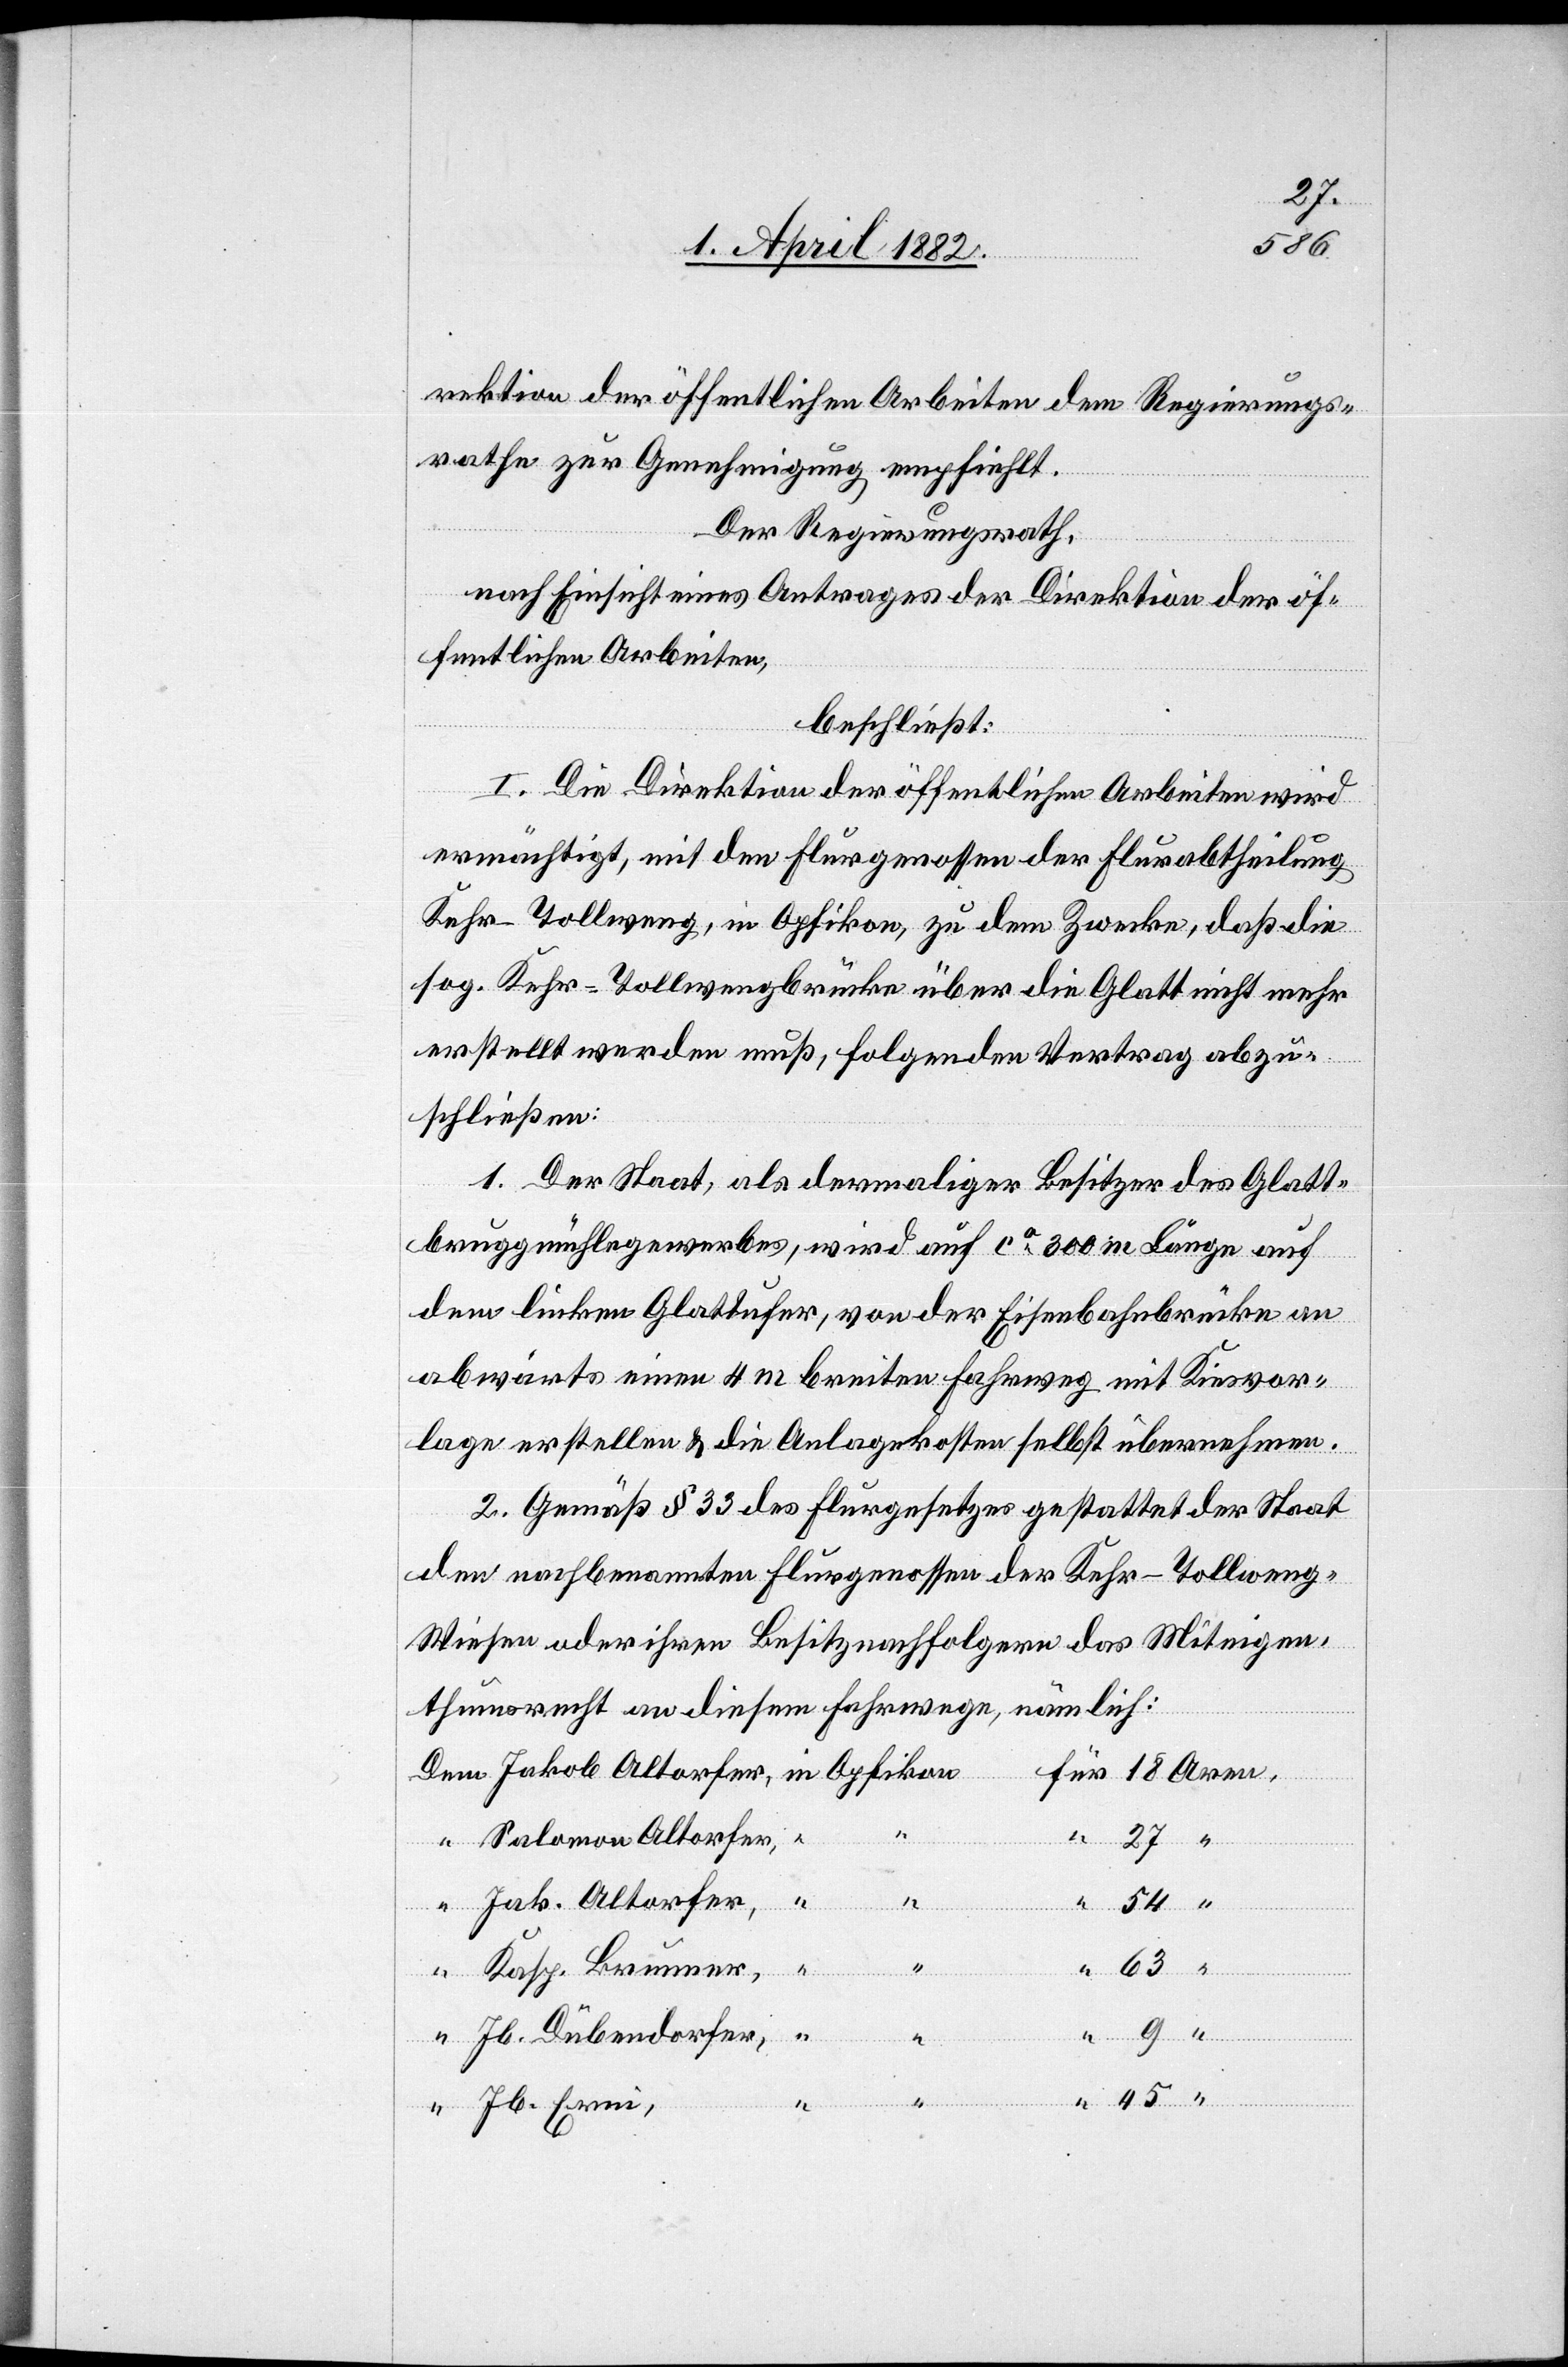
rektion der öffentlichen Arbeiten dem Regierungs¬
rathe zur Genehmigung empfiehlt.
Der Regierungsrath,
63
nach Einsicht eines Antrages der Direktion der öf¬
fentlichen Arbeiten,
beschließt:
I. Die Direktion der öffentlichen Arbeiten wird
ermächtigt, mit den Flurgenossen der Flurabtheilung
Kehr-Tollweng, in Opfikon, zu dem Zwecke, daß die
sog. Kehr-Tollwengbrücke über die Glatt nicht mehr
erstellt werden muß, folgenden Vertrag abzu¬
Aren,
schließen:
1. Der Staat, als dermaliger Besitzer des Glatt¬
bruggmühlegewerbes, wird auf ca 300 m Länge auf
dem linken Glattufer, von der Eisenbahnbrücke an
abwärts einen 4 m breiten Fahrweg mit Kiesvor¬
lage erstellen & die Anlagekosten selbst übernehmen.
2. Gemäß § 33 des Flurgesetzes gestattet der Staat
den nachbenannten Flurgenossen der Kehr-Tollweng-W¬
iesen oder ihren Besitznachfolgern das Miteigen¬
thumsrecht an diesem Fahrwege, nämlich:
27 “
Salomon Altorfer,
Jak. Altorfer,
in Opfikon
54 “
Kasp. Brunner,
“
Jb. Dübendorfer,
18
Jb. Erni,